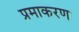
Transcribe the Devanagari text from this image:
प्रमाकरण